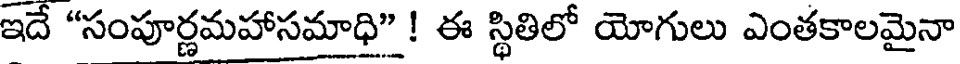
ఇదే "సంపూర్ణమహాసమాధి" ! ఈ స్థితిలో యోగులు ఎంతకాలమైనా